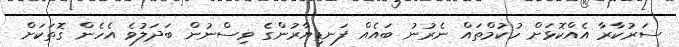
ސަރުކާރާ އެއްކޮޅަށް ހުކުމްތައް ނެރުނު ބައެއް ފަނޑިޔާރުންގެ ވިސްނުން ބަދަލުވެ އެހެން ގޮތަކަށް